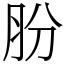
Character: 肦